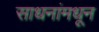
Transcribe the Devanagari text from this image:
साधनांमधून